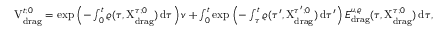
\begin{array} { r } { \mathrm { V } _ { \mathrm { d r a g } } ^ { t ; 0 } = \exp \left( - \int _ { 0 } ^ { t } \varrho ( \tau , \mathrm { X } _ { \mathrm { d r a g } } ^ { \tau ; 0 } ) \, \mathrm { d } \tau \right) v + \int _ { 0 } ^ { t } \exp \left( - \int _ { \tau } ^ { t } \varrho ( \tau ^ { \prime } , \mathrm { X } _ { \mathrm { d r a g } } ^ { \tau ^ { \prime } ; 0 } ) \, \mathrm { d } \tau ^ { \prime } \right) E _ { \mathrm { d r a g } } ^ { u , \varrho } ( \tau , \mathrm { X } _ { \mathrm { d r a g } } ^ { \tau ; 0 } ) \, \mathrm { d } \tau , } \end{array}